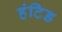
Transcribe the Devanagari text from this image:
हंटिड